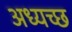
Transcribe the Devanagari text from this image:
अध्यच्छ